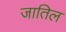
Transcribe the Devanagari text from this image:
जातिल